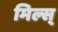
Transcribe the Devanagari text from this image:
मिल्स्